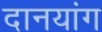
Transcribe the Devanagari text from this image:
दानयांग